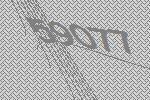
59077